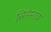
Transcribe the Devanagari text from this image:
सिनेमाच